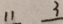
1 1 3